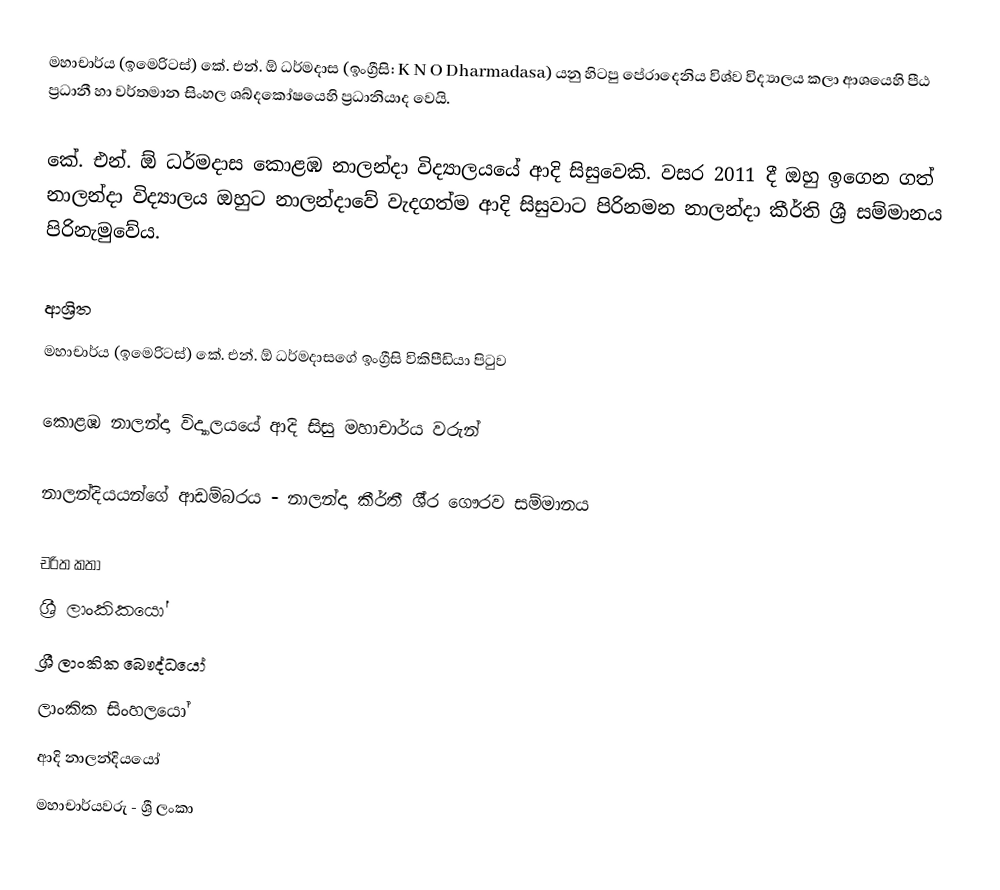
මහාචාර්ය (ඉමෙරිටස්) කේ. එන්. ඕ ධර්මදාස (ඉංග්‍රීසි: K N O Dharmadasa) යනු හිටපු පේරාදෙනිය විශ්ව විද්‍යාලය කලා ආශයෙහි පීඨ ප්‍රධානී හා වර්තමාන සිංහල ශබ්දකෝෂයෙහි ප්‍රධානියාද වෙයි.

කේ. එන්. ඕ ධර්මදාස  කොළඹ නාලන්දා විද්‍යාලයයේ ආදි සිසුවෙකි. වසර 2011 දී ඔහු ඉගෙන ගත් නාලන්දා විද්‍යාලය ඔහුට නාලන්දාවේ වැදගත්ම ආදි සිසුවාට පිරිනමන නාලන්දා කීර්ති ශ්‍රී සම්මානය පිරිනැමුවේය.

ආශ්‍රිත
  මහාචාර්ය (ඉමෙරිටස්) කේ. එන්. ඕ ධර්මදාසගේ ඉංග්‍රීසි විකිපීඩියා පිටුව

 කොළඹ නාලන්දා විද්‍යාලයයේ ආදි සිසු මහාචාර්ය වරුන්

 නාලන්දියයන්ගේ ආඩම්බරය - නාලන්දා කීර්තී ශී‍්‍ර ගෞරව සම්මානය

චරිත කතා
ශ්‍රී ලාංකිකයෝ
ශ්‍රී ලාංකික බෞද්ධයෝ
ලාංකික සිංහලයෝ
ආදි නාලන්දියයෝ
මහාචාර්යවරු - ශ්‍රී ලංකා